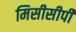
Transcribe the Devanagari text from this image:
मिसीसीपी